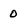
Character: o